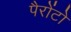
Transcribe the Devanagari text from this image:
पैरोंटो